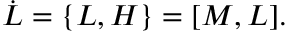
\dot { L } = \{ L , H \} = \lbrack M , L \rbrack .